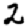
Digit: 2